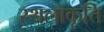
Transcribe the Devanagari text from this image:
स्थलाकृत्ति